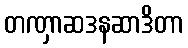
တဏှာဆဒနဆာဒိတာ